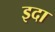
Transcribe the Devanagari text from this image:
इदा